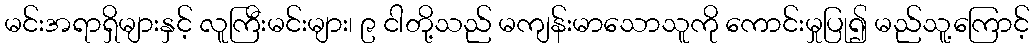
မင်းအရာရှိများနှင့် လူကြီးမင်းများ၊ ၉ ငါတို့သည် မကျန်းမာသောသူကို ကောင်းမှုပြု၍ မည်သူ့ကြောင့်